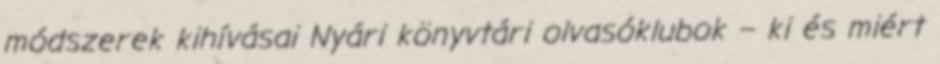
módszerek kihívásai Nyári könyvtári olvasóklubok – ki és miért